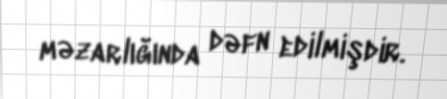
məzarlığında dəfn edilmişdir.